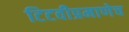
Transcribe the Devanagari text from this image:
टिटवीप्रमाणेच